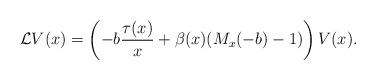
LaTeX: \begin{align*}\mathcal LV(x)=\left(-b\frac{\tau(x)}x+\beta(x)(M_x(-b)-1)\right)V(x).\end{align*}